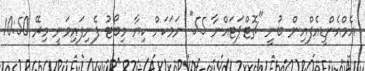
އެމްއެންޑީއެފްއިން ބުނީ "ޗޮޓްޕަޓައްނާ 55" ނަމަކަށް ކިޔާ މިބޯޓު ފެނިފައިވަނީ މިރޭ 10:50